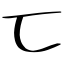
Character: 匸